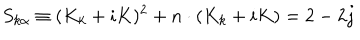
LaTeX: S _ { k \alpha } \equiv ( K _ { k } + i K ) ^ { 2 } + n \cdot ( K _ { k } + i K ) = 2 - 2 j